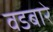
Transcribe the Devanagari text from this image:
वडबारे